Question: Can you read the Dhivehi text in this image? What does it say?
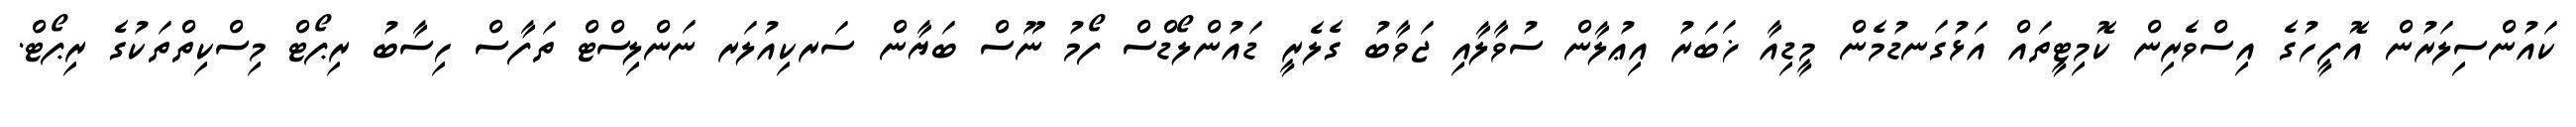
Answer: ކައުންސިލަރުން އޮފީހުގެ އިސްވެރިން ކޮމިޓީތައް އަޅުގަނޑުމެން މީޑިއާ ޚަބަރު އިޢުލާން ސުވާލާއި ޖަވާބު ގެލެރީ ޑައުންލޯޑްސް ފޯމު ނޫސް ބަޔާން ސަރކިއުލަރ ނަންލިސްޓް ތަފާސް ހިސާބު ރިޕޯޓް މިސްކިތްތަކުގެ ރިޕޯޓް.